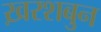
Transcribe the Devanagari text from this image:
ख़रशबुन